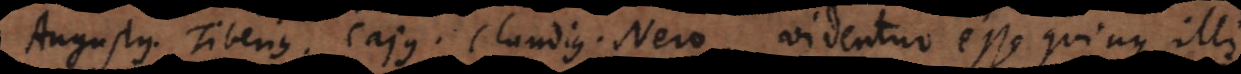
Augustus, Tiberius, Cajus, Claudius, Nero, videntur esse qui